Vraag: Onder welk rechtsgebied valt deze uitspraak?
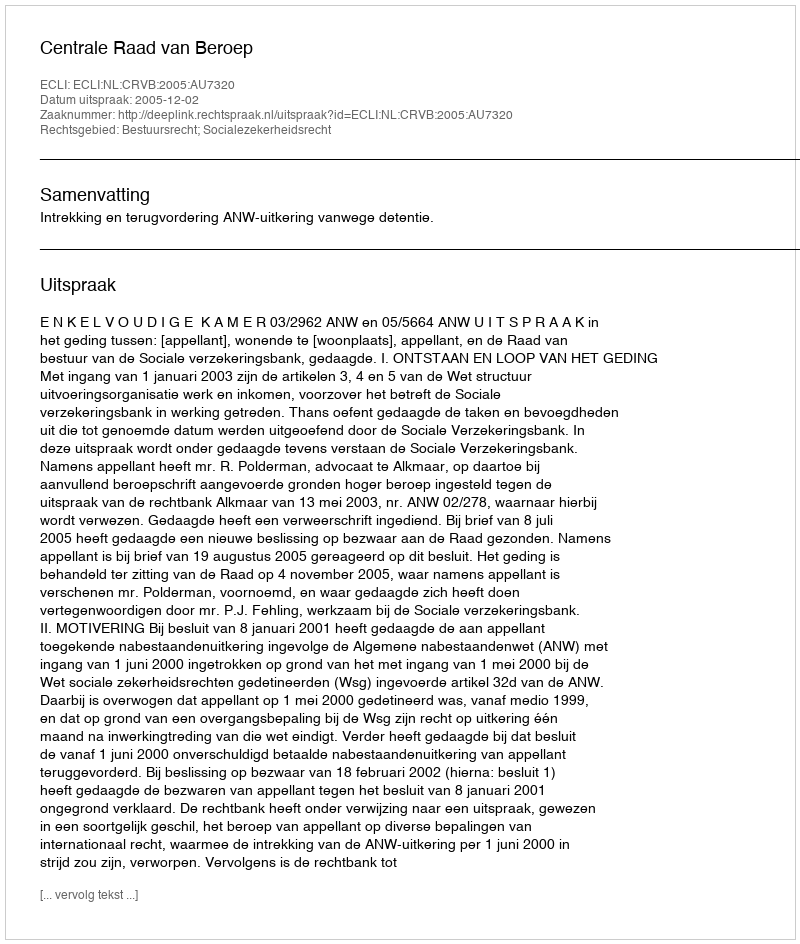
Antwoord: Bestuursrecht; Socialezekerheidsrecht